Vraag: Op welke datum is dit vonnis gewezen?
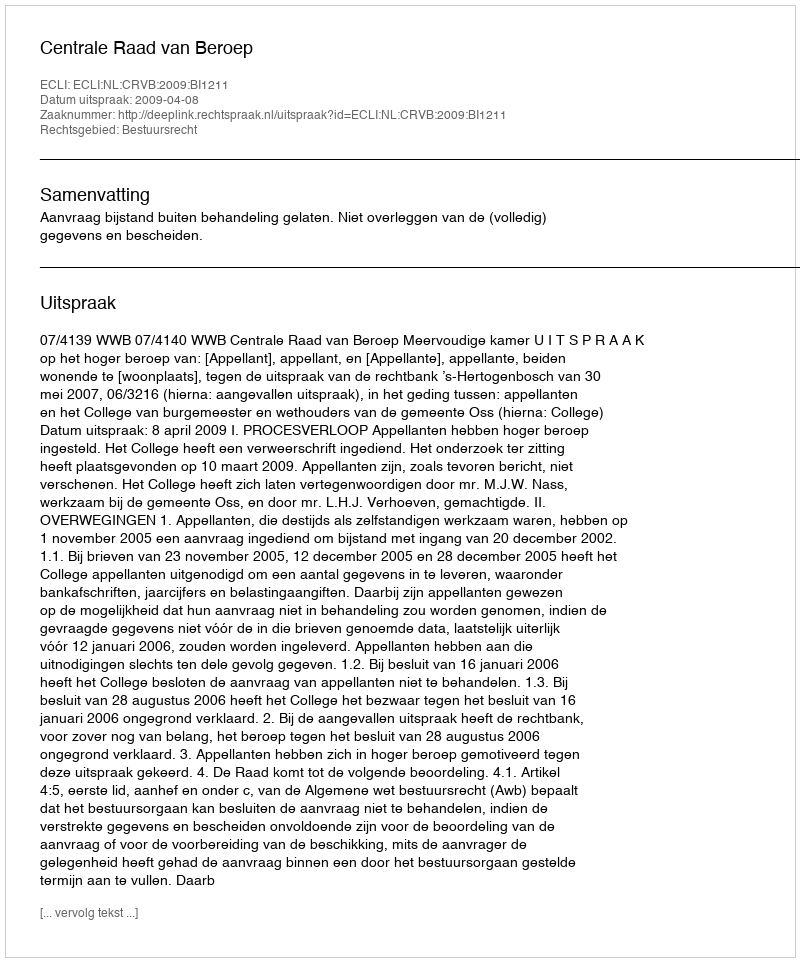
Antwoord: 2009-04-08